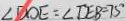
\angle D O E = \angle D E B = 7 5 ^ { \circ }